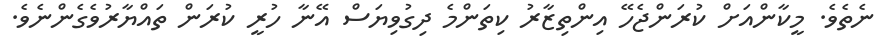
ނެތެވެ. މީކާންއަށް ކުރަންޖެހޭ އިންތިޒާރު ކިތަންމެ ދިގުވިޔަސް އޭނާ ހުރީ ކުރަން ތައްޔާރުވެގެންނެވެ.